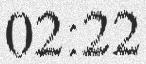
02:22